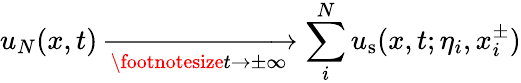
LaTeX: u_{N}(x,t)\xrightarrow[\footnotesize{t\to\pm\infty}]{}\sum_{i}^{N}u_{\mathrm{s}}(x,t;\eta_{i},x_{i}^{\pm})